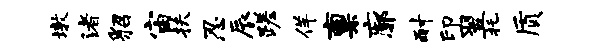
墩渚貂宙扶忍辰蹉佯禀廓耐印翌托质